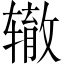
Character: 辙